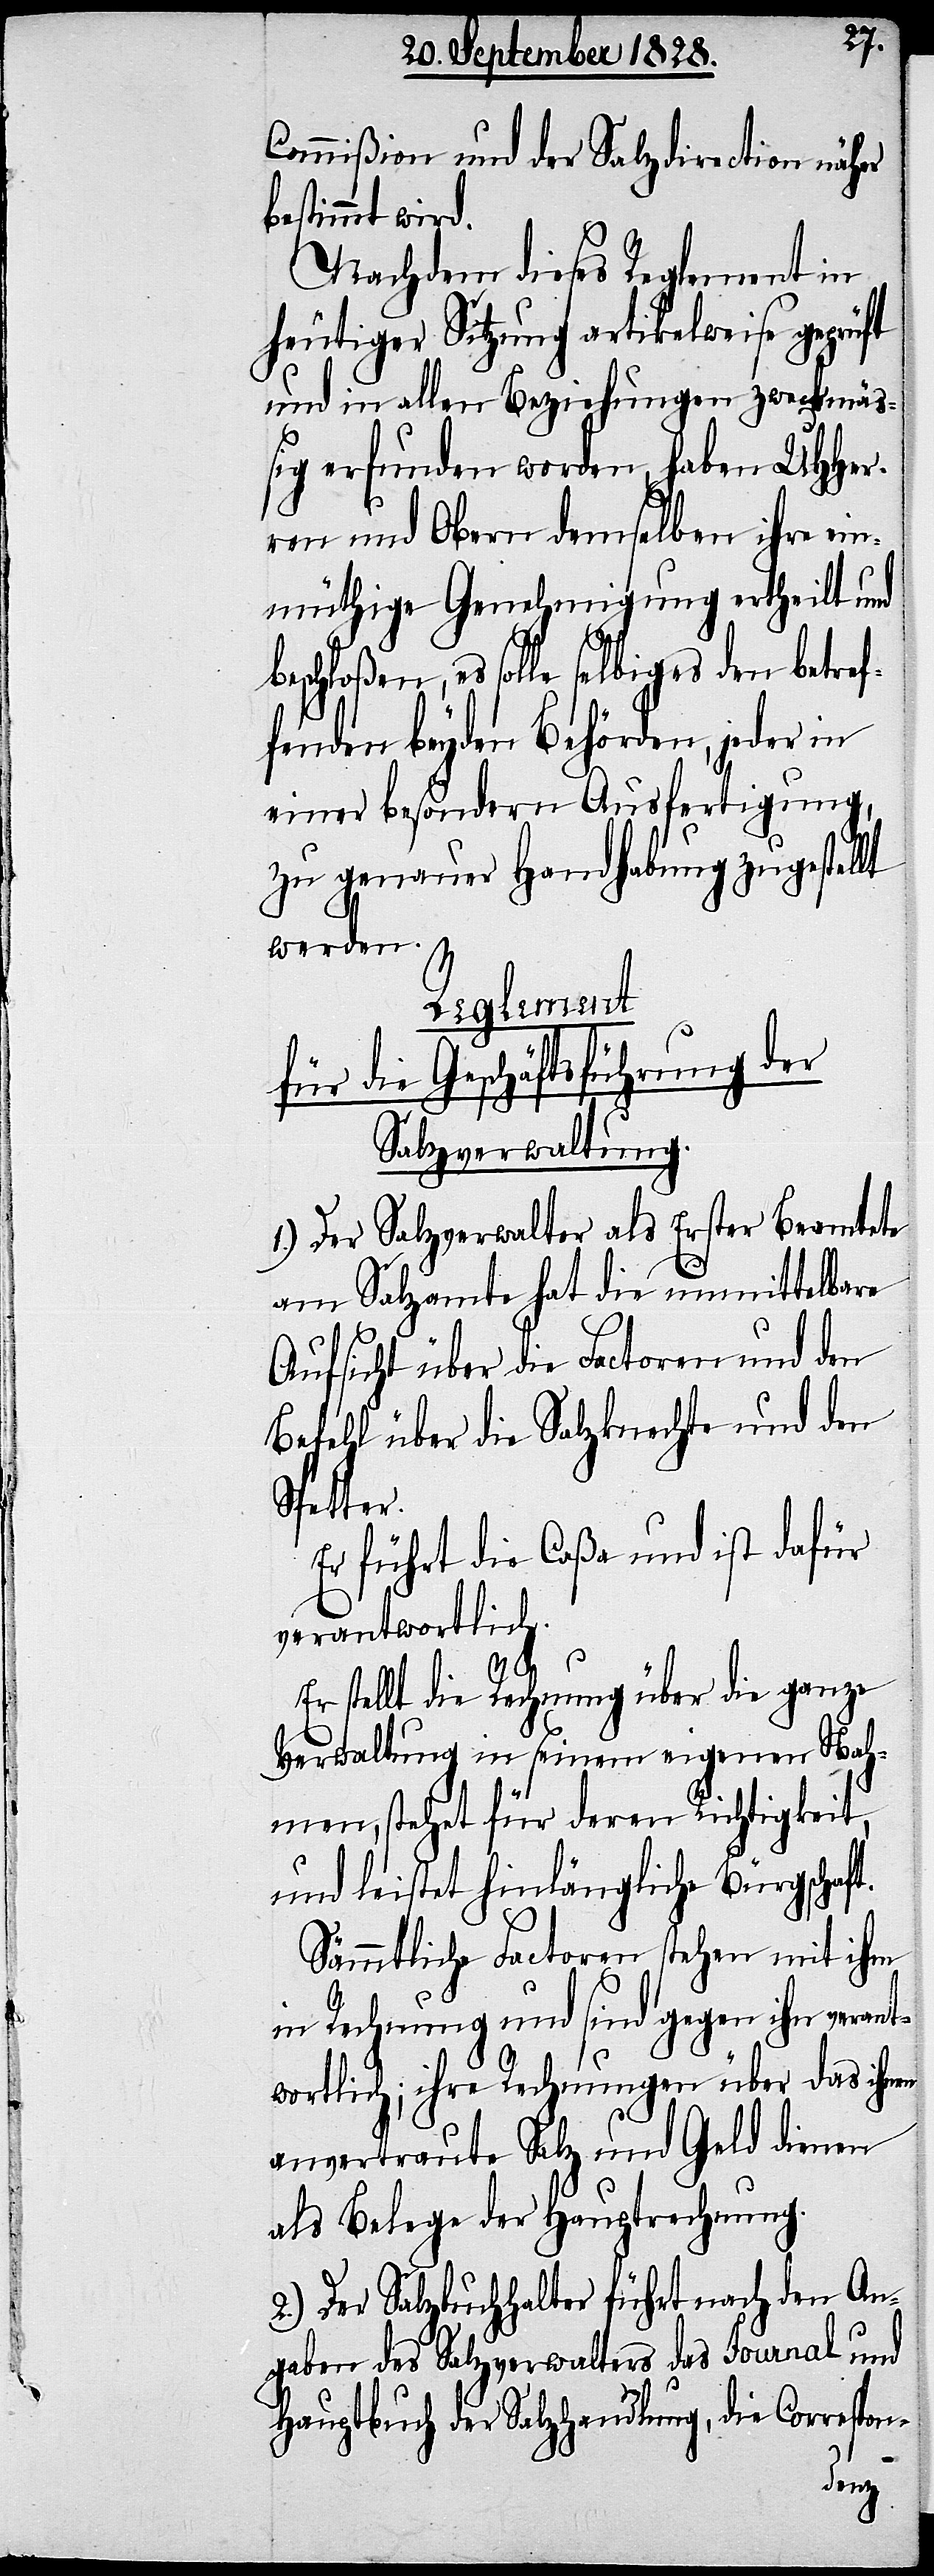
Commißion und der Salzdirection näher
bestimmt wird.
Nachdem dieses Reglement in
heutiger Sitzung artikelweise geprüft
und in allen Beziehungen zweckmäß¬
ig erfunden worden, haben UHHer¬
ren und Obern demselben ihre ei¬
nmüthige Genehmigung ertheilt und
es solle selbiges den betref¬
fenden beyden Behörden, jeder in
einer besondern Ausfertigung,
zu genauer Handhabung zugestellt
werden.
Reglement
für die Geschäftsführung der
Salzverwaltung.
1.) Der Salzverwalter als Erster Beamtete
am Salzamte hat die unmittelbare
Aufsicht über die Factoren und den
Befehl über die Salzknechte und den
Spetter.
Er führt die Caßa und ist dafür
verantwortlich.
Er stellt die Rechnung über die ganze
Verwaltung in seinem eigenen Nah¬
men, stehet für deren Richtigkeit,
und leistet hinlängliche Bürgschaft.
Sämmtliche Factoren stehen mit ihm
in Rechnung und sind gegen ihn veran¬
twortlich; ihre Rechnungen über das ihnen
anvertraute Salz und Geld dienen
als Belege der Hauptrechnung.
2.) Der Salzbuchhalter führt nach den An¬
gaben des Salzverwalters das Journal und
Hauptbuch der Salzhandlung, die Correspon-